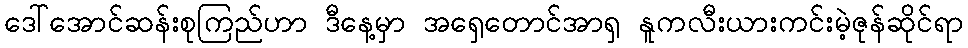
ဒေါ်အောင်ဆန်းစုကြည်ဟာ ဒီနေ့မှာ အရှေတောင်အာရှ နူကလီးယားကင်းမဲ့ဇုန်ဆိုင်ရာ